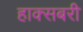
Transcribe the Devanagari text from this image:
हाक्सबरी